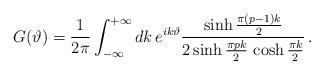
LaTeX: \begin{align*}G(\vartheta )=\frac{1}{2\pi }\int ^{+\infty }_{-\infty }dk\, e^{ik\vartheta }\frac{\sinh \frac{\pi (p-1)k}{2}}{2\sinh \frac{\pi pk}{2}\, \cosh \frac{\pi k}{2}}\, .\end{align*}